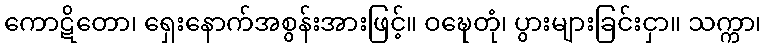
ကောဋိတော၊ ရှေးနောက်အစွန်းအားဖြင့်။ ဝဍ္ဎေတုံ၊ ပွားများခြင်းငှာ။ သက္ကာ၊